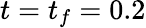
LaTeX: t=t_{f}=0.2